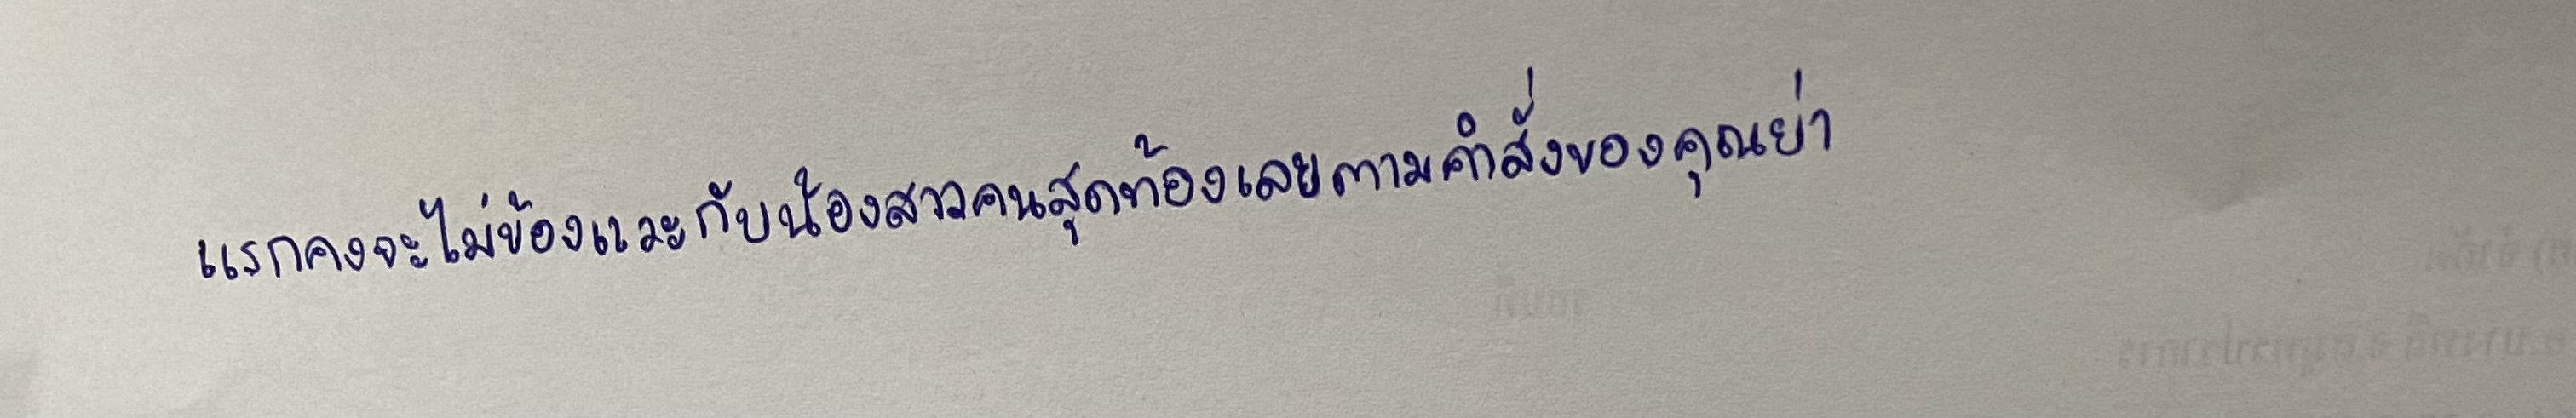
แรกคงจะไม่ข้องแวะกับน้องสาวคนสุดท้องเลยตามคำสั่งของคุณย่า